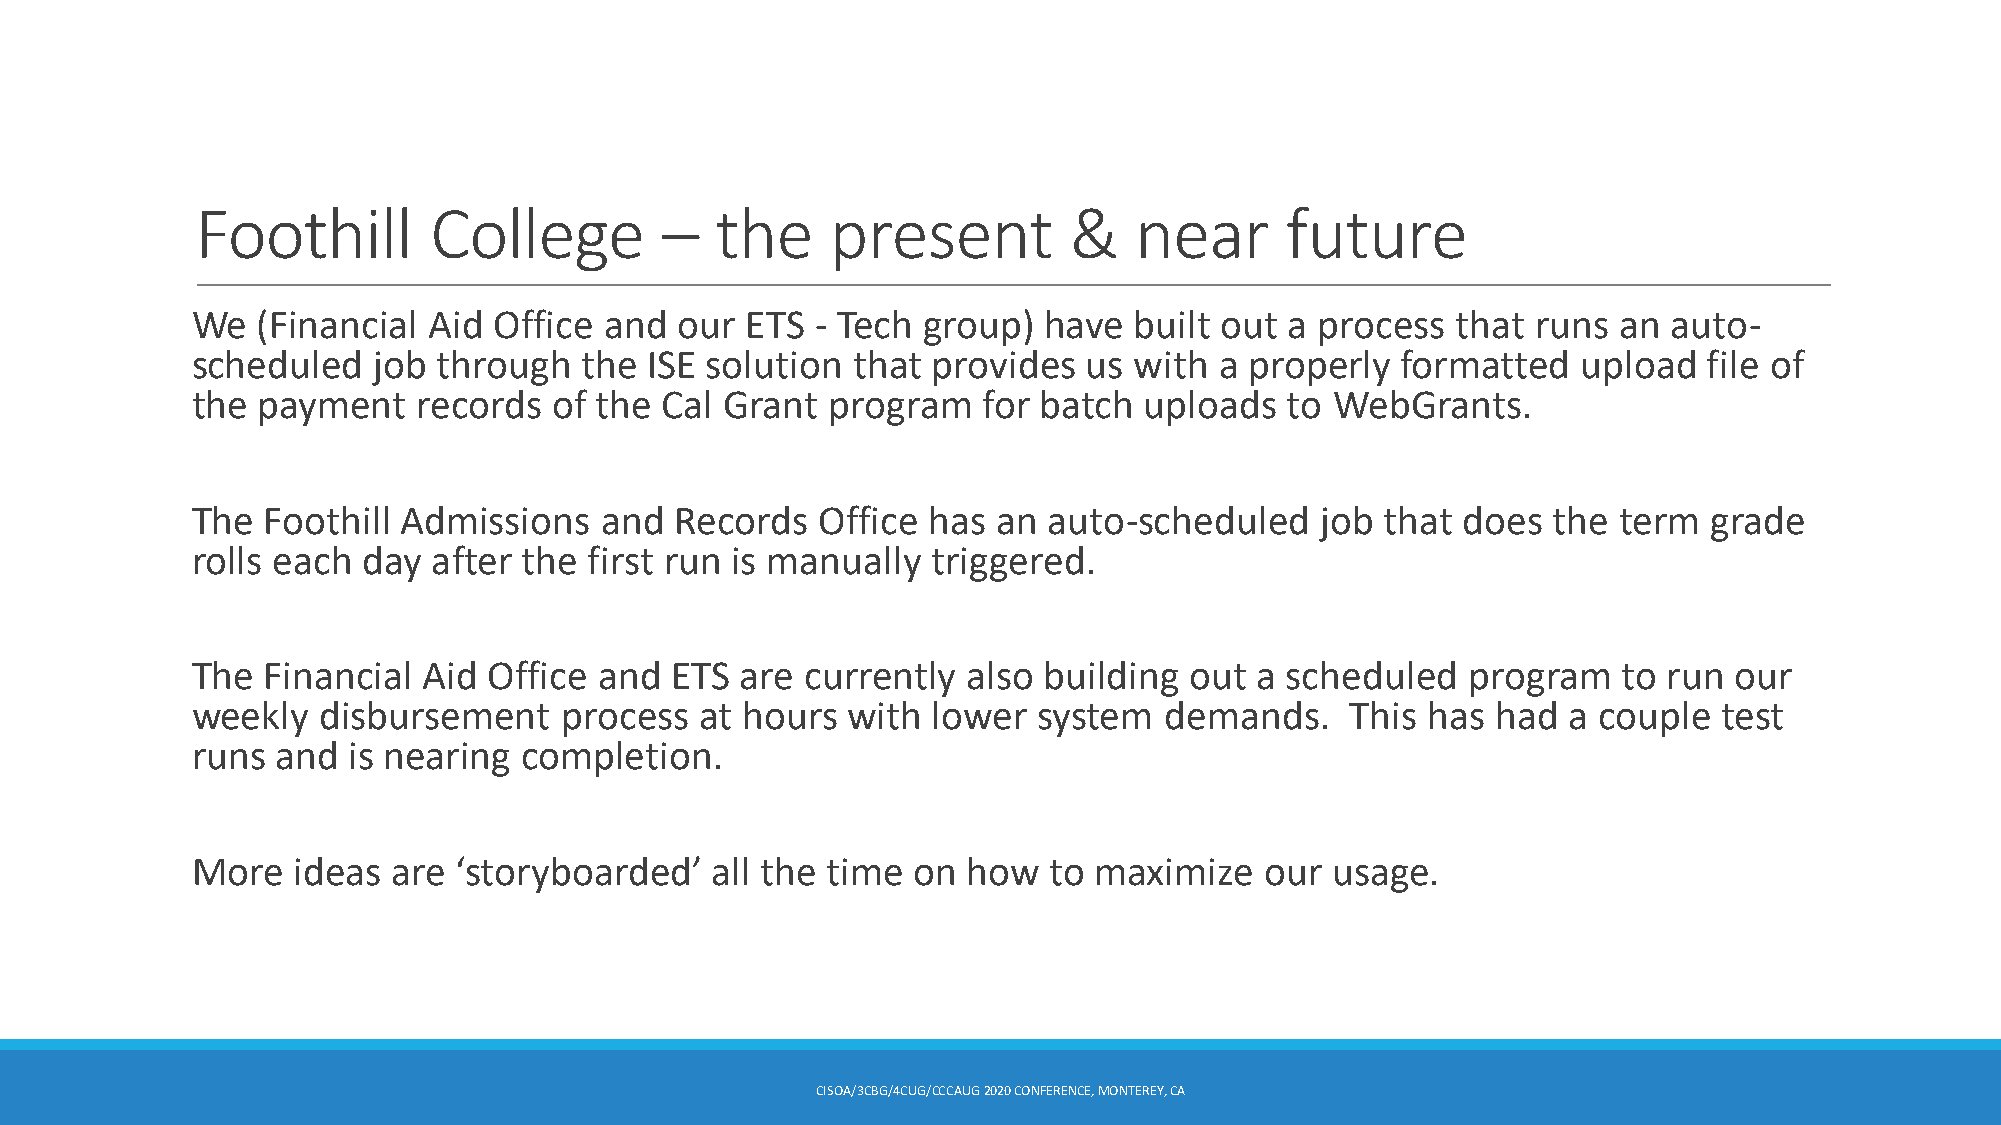
Foothill       College         –  the     present         &   near      future
 We  (Financial Aid  Office and  our ETS  - Tech group)  have  built out a process  that  runs an  auto-
 scheduled   job through  the  ISE solution that  provides  us with  a properly  formatted   upload  file of
 the payment    records  of the Cal Grant  program   for batch  uploads  to WebGrants.
 The Foothill Admissions    and  Records  Office has  an auto-scheduled    job  that does  the term  grade
 rolls each day  after the first run is manually  triggered.
 The Financial  Aid Office  and ETS  are currently  also building  out a scheduled   program   to run  our
 weekly  disbursement    process  at hours  with  lower  system  demands.    This has  had  a couple  test
 runs and  is nearing  completion.
 More  ideas  are ‘storyboarded’   all the time  on how   to maximize   our usage.
 CISOA/3CBG/4CUG/CCCAUG2020 CONFERENCE, MONTEREY, CA